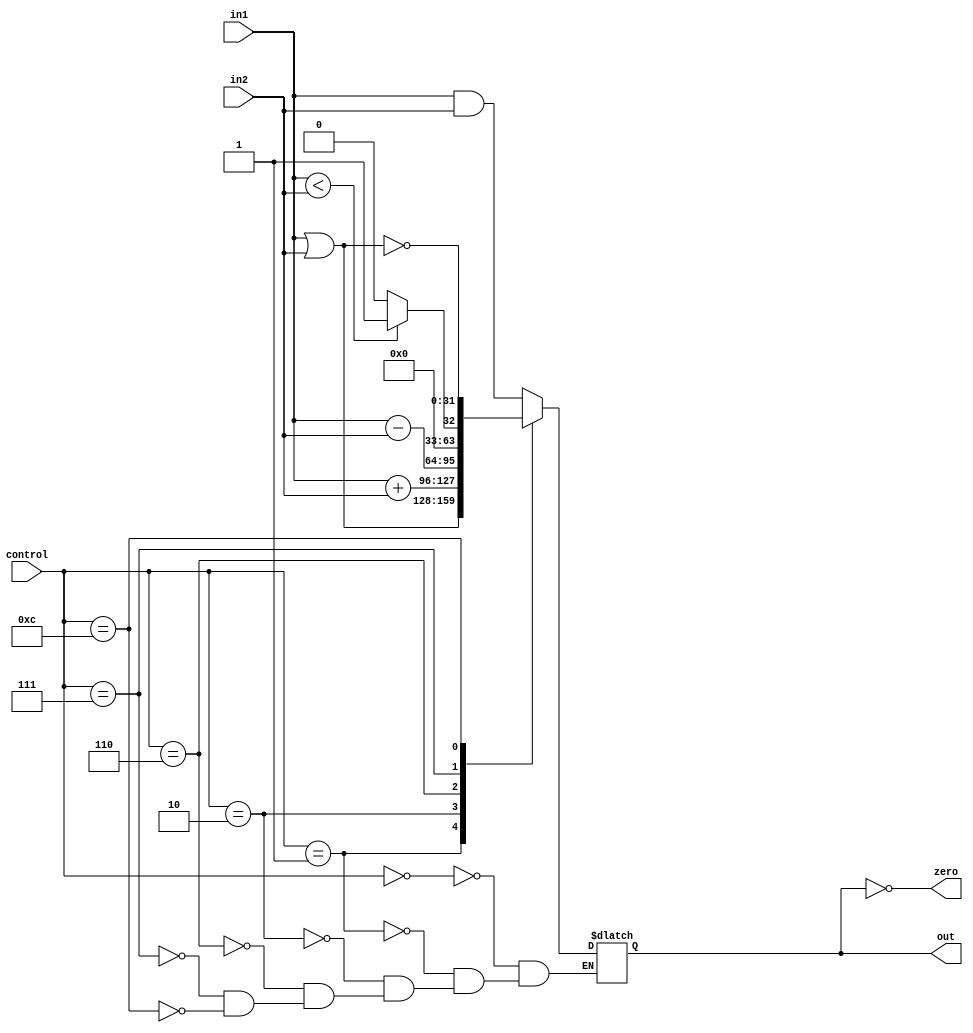
  //input 1, input 2(mux), control, output, zero output
module alu(in1, in2, control, out, zero);
    input [31:0] in1, in2;
    input [3:0] control;
    output reg [31:0] out;
    output zero;

    //zero is related to result
    assign zero = (out == 0);

    //initialize
    initial begin
      out = 32'b0;
    end

    always @ (control, in1, in2) begin
        case(control)
            4'b0000: //and
                out = in1 & in2;
            4'b0001: //or
                out = in1 | in2;
            4'b0010: //sum
                out = in1 + in2;
            4'b0110: //minus
                out = in1 - in2;
            4'b0111: //less
                out = in1<in2 ? 1:0;
            4'b1100: //nor
                out = ~(in1|in2);
        endcase
    end

endmodule